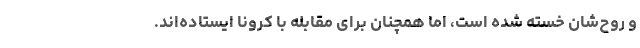
و روح‌شان خسته شده است، اما همچنان برای مقابله با کرونا ایستاده‌اند.